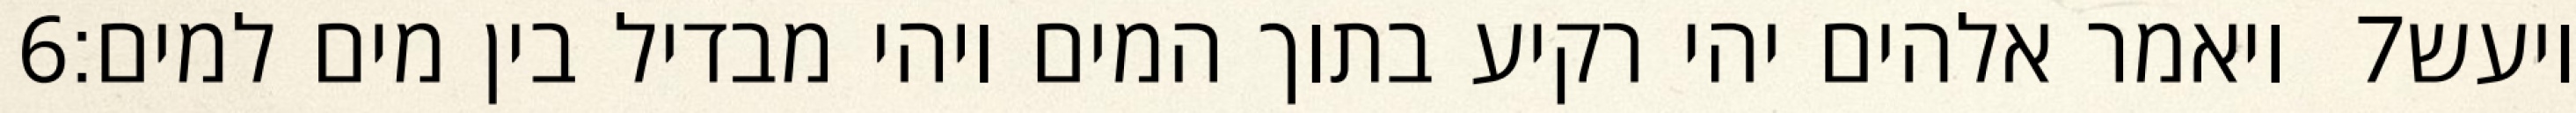
‎6‏ ויאמר אלהים יהי רקיע בתוך המים ויהי מבדיל בין מים למים׃ ‎7‏ ויעש